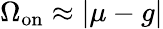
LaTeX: \Omega_{\mathrm{on}}\approx|\mu-g|